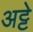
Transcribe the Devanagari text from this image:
अट्टे